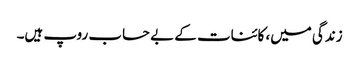
زندگی میں، کائنات کے بے حساب روپ ہیں۔